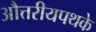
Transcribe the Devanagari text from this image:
औत्तरीयपथके